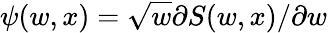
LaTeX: \psi(w,x)=\sqrt{w}\partial S(w,x)/\partial w